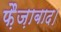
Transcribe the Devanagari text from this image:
फ़ैज़ाबाद।